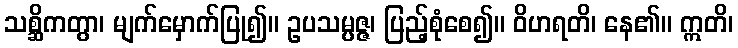
သစ္ဆိကတွာ၊ မျက်မှောက်ပြု၍။ ဥပသမ္ပဇ္ဇ၊ ပြည့်စုံစေ၍။ ဝိဟရတိ၊ နေ၏။ ဣတိ၊